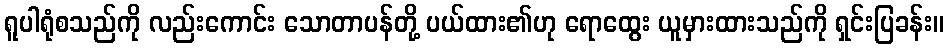
ရူပါရုံစသည်ကို လည်းကောင်း သောတာပန်တို့ ပယ်ထား၏ဟု ရောထွေး ယူမှားထားသည်ကို ရှင်းပြခန်း။